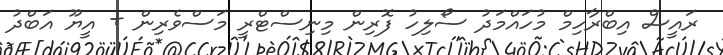
ރައީސް އިބްރާހިމް މުހައްމަދު ސޯލިހު ފޮރިން މިނިސްޓްރީ މަސްވެރިން + އީޔޫ އަބްދު